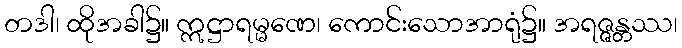
တဒါ၊ ထိုအခါ၌။ ဣဋ္ဌာရမ္မဏေ၊ ကောင်းသောအာရုံ၌။ အရဇ္ဇန္တဿ၊